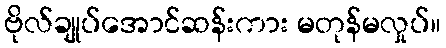
ဗိုလ်ချုပ်အောင်ဆန်းကား မတုန်မလှုပ်။